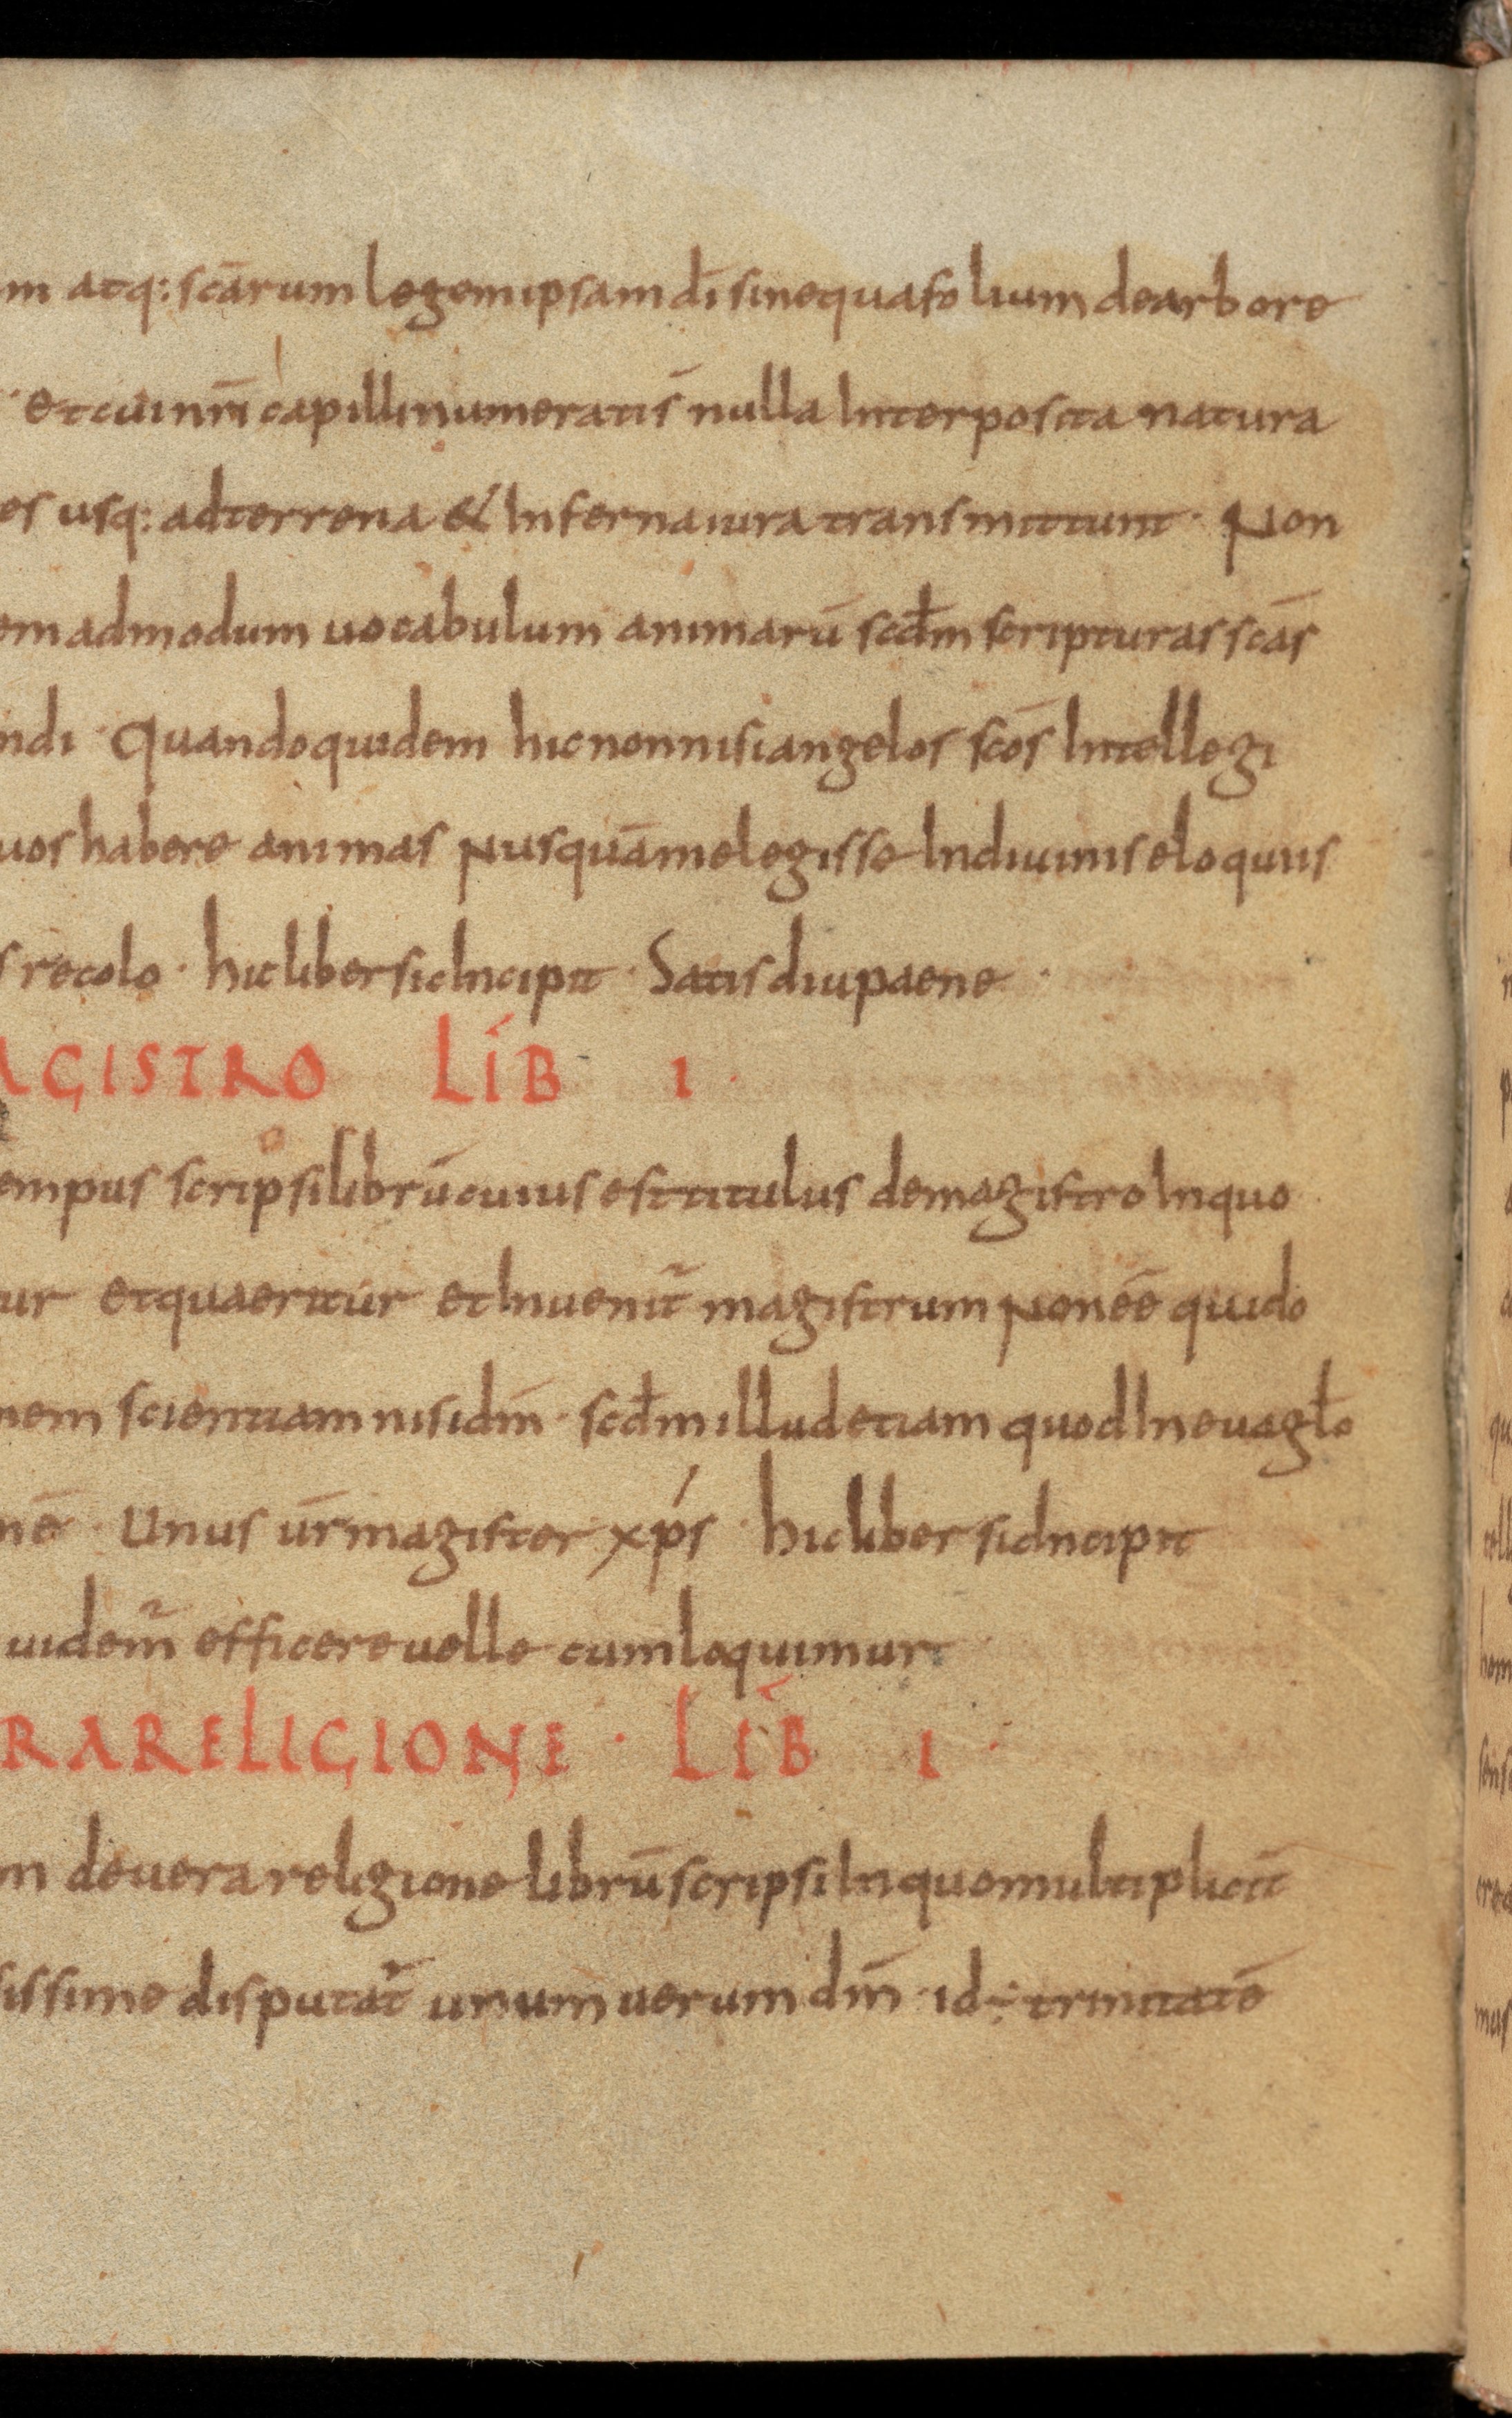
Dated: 850–899